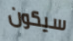
سيكون